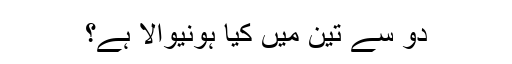
دو سے تین میں کیا ہونیوالا ہے؟